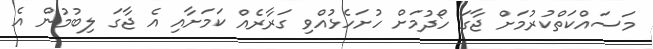
މަސައްކަތްކުރުމަށް ޖާގަ ހޯދުމަށް ހުށަހެޅުއްވި ގަރާރެއް ކަމަށާއި އެ ޖާގަ ލިބުމުން އެ